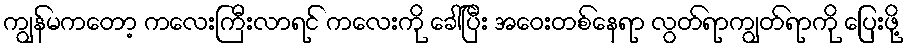
ကျွန်မကတော့ ကလေးကြီးလာရင် ကလေးကို ခေါ်ပြီး အဝေးတစ်နေရာ လွတ်ရာကျွတ်ရာကို ပြေးဖို့